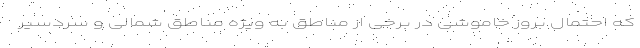
که احتمال بروز خاموشی در برخی از مناطق به ویژه مناطق شمالی و سردسیر